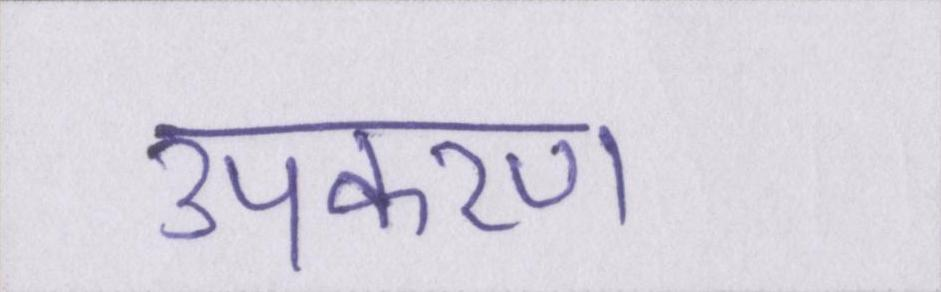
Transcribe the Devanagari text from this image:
उपकरण